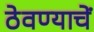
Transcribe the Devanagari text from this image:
ठेवण्याचें